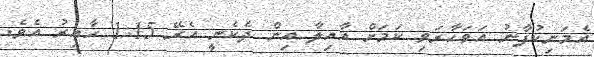
އެމަނިކުފާނު އަވަހާރަވި ކަމަށް އާއިލާ އިން ދެކެނީ އެރޭ 1:15 ހާއިރު އެވެ.